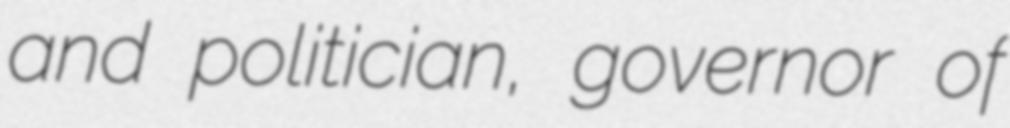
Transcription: and politician, governor of